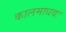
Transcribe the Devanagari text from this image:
कालमाधवः